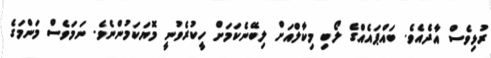
ރުޅިވެސް އާދެއެވެ. ބައްޕައެއްގެ ލޯބި މިކާލްއަށް ލިބޭނެކަމަށް ހީކުރެވުނީ މޮޔަކަމުންނެވެ. ނަމަވެސް މަންމަގެ